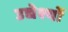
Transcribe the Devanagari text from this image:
उद्येश्यों